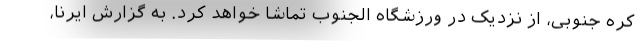
کره جنوبی، از نزدیک در ورزشگاه الجنوب تماشا خواهد کرد. به گزارش ایرنا،